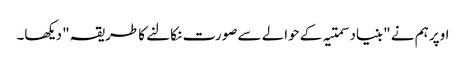
اوپر ہم نے "بنیاد سمتیہ کے حوالے سے صورت نکالنے کا طریقہ" دیکھا۔